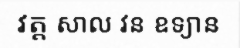
វត្ត សាល វន ឧទ្យាន